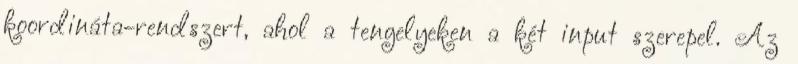
koordináta-rendszert, ahol a tengelyeken a két input szerepel. Az